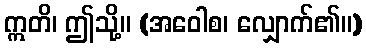
ဣတိ၊ ဤသို့။ (အဝေါစ၊ လျှောက်၏။)